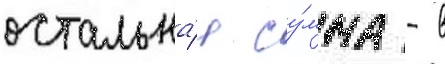
остальна́я су́мма - в